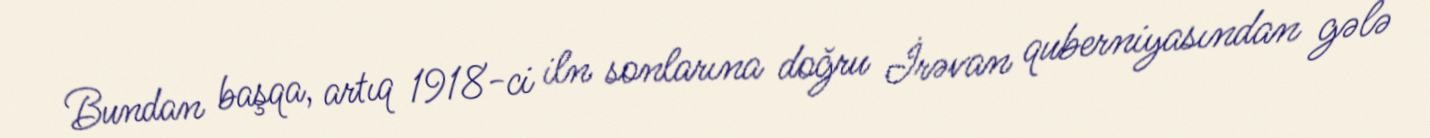
Bundan başqa, artıq 1918-ci iln sonlarına doğru İrəvan quberniyasından gələ